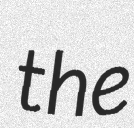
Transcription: the